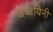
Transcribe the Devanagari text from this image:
जज्जयिनी